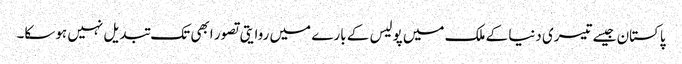
پاکستان جیسے تیسری دنیا کے ملک میں پولیس کے بارے میں روایتی تصور ابھی تک تبدیل نہیں ہوسکا۔